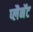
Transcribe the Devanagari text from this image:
प्लैनॅट